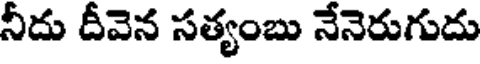
నీదు దీవెన సత్యంబు నేనెరుగుదు